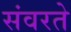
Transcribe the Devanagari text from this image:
संवरते